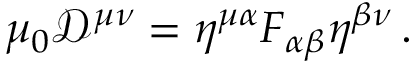
\mu _ { 0 } { \mathcal { D } } ^ { \mu \nu } = \eta ^ { \mu \alpha } F _ { \alpha \beta } \eta ^ { \beta \nu } \, .